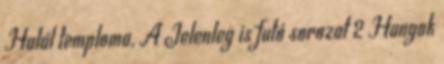
Halál temploma, A Jelenleg is futó sorozat 2 Hangok